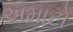
અમાટો